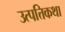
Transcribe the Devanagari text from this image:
उत्पत्तिकथा